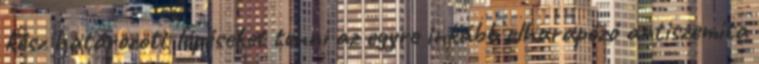
kész határozott lépéseket tenni az egyre inkább elharapózó antiszemita